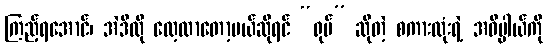
ကြည့်ရအောင်၊ အဲဒီလို လေ့လာတော့မယ်ဆိုရင် “ရုပ်” ဆိုတဲ့ စကားလုံးရဲ့ အဓိပ္ပါယ်ကို